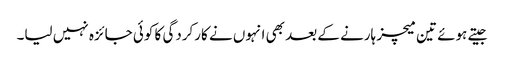
جیتے ہوئے تین میچز ہارنے کے بعد بھی انہوں نے کارکردگی کا کوئی جائزہ نہیں لیا۔